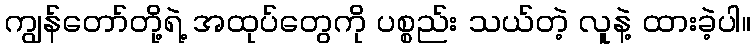
ကျွန်တော်တို့ရဲ့ အထုပ်တွေကို ပစ္စည်း သယ်တဲ့ လူနဲ့ ထားခဲ့ပါ။